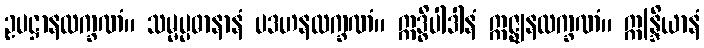
ဥပဋ္ဌာနလက္ခဏံ။ သမ္မပ္ပဓာနာနံ ပဒဟနလက္ခဏံ။ ဣဒ္ဓိပါဒါနံ ဣဇ္ဈနလက္ခဏံ။ ဣန္ဒြိယာနံ